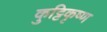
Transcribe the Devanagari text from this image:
कुट्टिकृष्ण